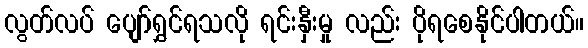
လွတ်လပ် ပျော်ရွှင်ရသလို ရင်းနှီးမှု လည်း ပိုရစေနိုင်ပါတယ်။